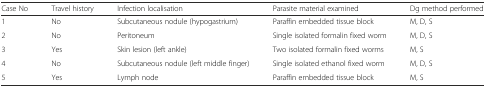
| Case No | Travel history | Infection localisation | Parasite material examined | Dg method performed |
 | --- | --- | --- | --- | --- |
 | 1 | No | Subcutaneous nodule (hypogastrium) | Paraffin embedded tissue block | M, D, S |
 | 2 | No | Peritoneum | Single isolated formalin fixed worm | M, D, S |
 | 3 | Yes | Skin lesion (left ankle) | Two isolated formalin fixed worms | M, S |
 | 4 | No | Subcutaneous nodule (left middle finger) | Single isolated ethanol fixed worm | M, D, S |
 | 5 | Yes | Lymph node | Paraffin embedded tissue block | M, S |